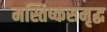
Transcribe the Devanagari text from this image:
मस्तिष्कसमृद्ध